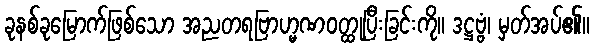
ခုနစ်ခုမြောက်ဖြစ်သော အညတရဗြာဟ္မဏဝတ္ထုပြီးခြင်းကို။ ဒဋ္ဌဗ္ဗံ၊ မှတ်အပ်၏။